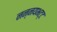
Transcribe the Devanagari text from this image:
नन्नयभट्ट